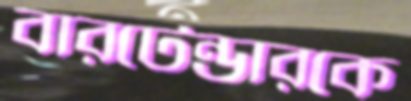
বারটেন্ডারকে